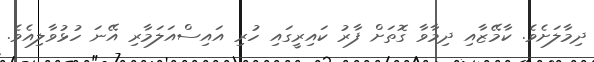
ދިމާލަށެވެ. ކާމޭޒާއި ދިމާވާ ގޮތަށް ފާރު ކައިރީގައި ހުރި އައިސްއަލަމާރި އޭނަ ހުޅުވާލިއެވެ.